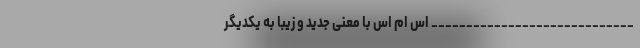
_____________________________ اس ام اس با معنی جدید و زیبا به یکدیگر